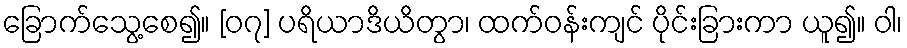
ခြောက်သွေ့စေ၍။ [၀၇] ပရိယာဒိယိတွာ၊ ထက်ဝန်းကျင် ပိုင်းခြားကာ ယူ၍။ ဝါ၊